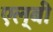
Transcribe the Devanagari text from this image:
एल्बी